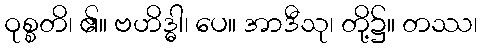
ဝုစ္စတိ၊ ၏။ ဗဟိဒ္ဓါ၊ ပေ။ အာဒီသု၊ တို့၌။ တဿ၊